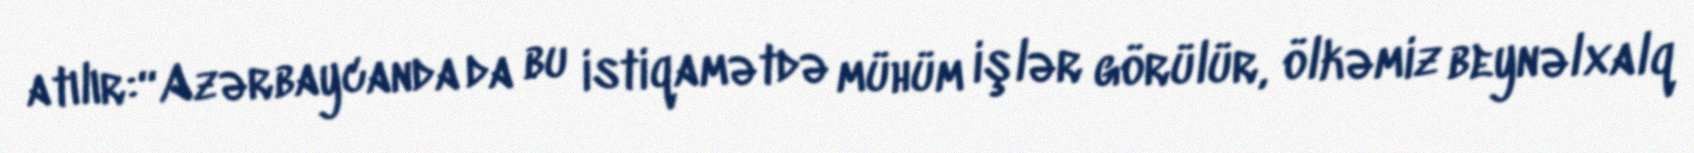
atılır:“Azərbaycanda da bu istiqamətdə mühüm işlər görülür, ölkəmiz beynəlxalq